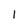
Character: 1